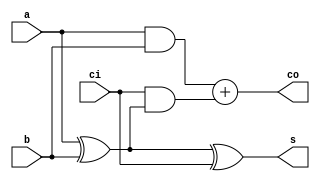
`timescale 1ns / 1ps
//////////////////////////////////////////////////////////////////////////////////
// Company: 
// Engineer: 
// 
// Design Name: 
// Module Name:    Enshu2 
// Project Name: 
// Target Devices: 
// Tool versions: 
// Description: 
//
// Dependencies: 
//
// Revision: 
// Revision 0.01 - File Created
// Additional Comments: 
//
//////////////////////////////////////////////////////////////////////////////////
module Enshu2(
    input a,
    input b,
    input ci,
    output s,
    output co
    );

	
	assign s = a ^ b ^ ci;
	assign co = (a & b) + (ci & (a ^ b));

endmodule